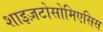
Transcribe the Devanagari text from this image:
शाइज़टोसोमिएसिस